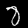
Label: 8